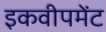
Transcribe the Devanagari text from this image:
इकवीपमेंट